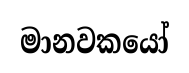
මානවකයෝ